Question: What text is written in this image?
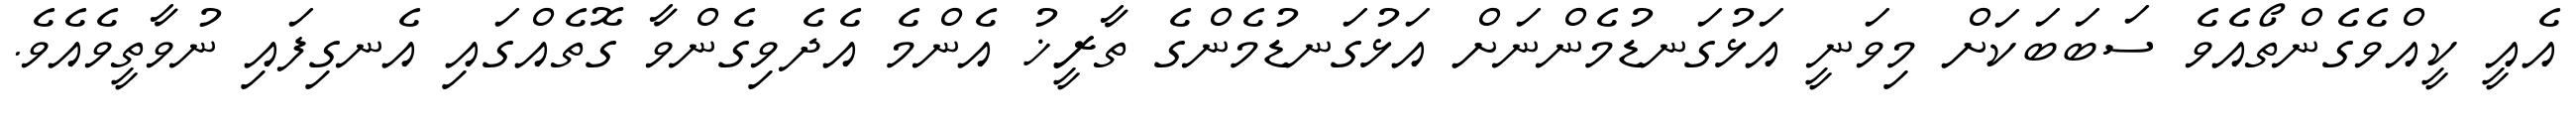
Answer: އެއީ ކީއްވެގެންތޯއެވެ ސަބަބަކަށް މިވަނީ އަޅުގަނޑުމެންނަށް އަޅުގަނޑުމެންގެ ތާރީޚު އެންމެ އެދެވިގެންވާ ގޮތެއްގައި އެނގިފައި ނުވާތީވެއެވެ.